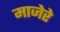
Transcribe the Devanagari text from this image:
माजेरे